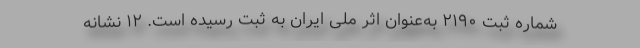
شمارهٔ ثبت ۲۱۹۰ به‌عنوان اثر ملی ایران به ثبت رسیده است. ۱۲ نشانه